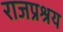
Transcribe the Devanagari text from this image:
राजप्रश्रय